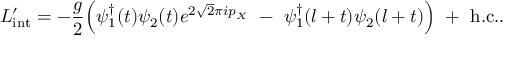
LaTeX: L _ { \mathrm { i n t } } ^ { \prime } = - { \frac { g } { 2 } } \Bigl ( \psi _ { 1 } ^ { \dagger } ( t ) \psi _ { 2 } ( t ) e ^ { 2 \sqrt { 2 } \pi i p _ { X } } \ - \ \psi _ { 1 } ^ { \dagger } ( l + t ) \psi _ { 2 } ( l + t ) \Bigr ) \ + \ \mathrm { h . c . } .